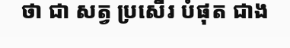
ថា ជា សត្វ ប្រសើរ បំផុត ជាង